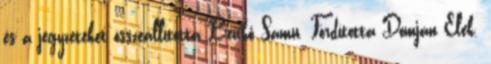
és a jegyzeteket összeállította Benkő Samu. Fordította Domján Elek.